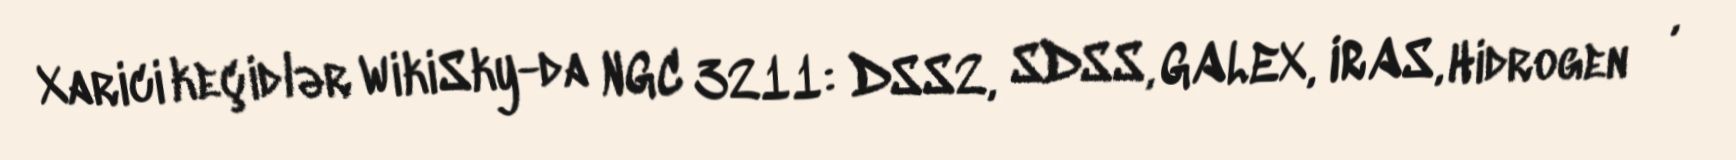
Xarici keçidlər WikiSky-da NGC 3211: DSS2, SDSS, GALEX, IRAS, Hidrogen α,